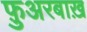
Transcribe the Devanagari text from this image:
फ़ुअरबाख़